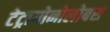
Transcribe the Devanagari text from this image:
टेट्रागोनोलोबस